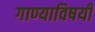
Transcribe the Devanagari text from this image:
गाण्याविषयी